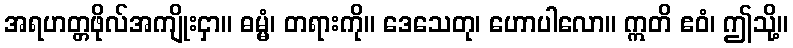
အရဟတ္တဖိုလ်အကျိုးငှာ။ ဓမ္မံ၊ တရားကို။ ဒေသေတု၊ ဟောပါလော။ ဣတိ ဧဝံ၊ ဤသို့။